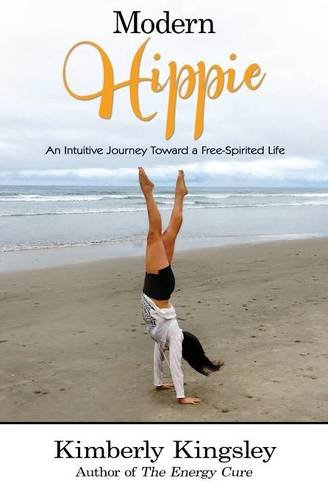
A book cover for Modern Hippie: An Intuitive Journey Toward a Free-Spirited Life; Kimberly Kingsley; Religion & Spirituality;